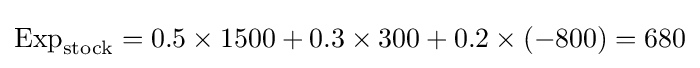
{\mbox{Exp}}_{\text{stock}}=0.5\times 1500+0.3\times 300+0.2\times (-800)=680